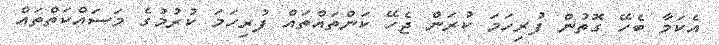
އެކަމާ ބެހޭ ގޮތުން ފުރިހަމަ ކުރަން ޖެހޭ ކަންތައްތައް ފުރިހަމަ ކުރުމުގެ މަސައްކަތްތައް